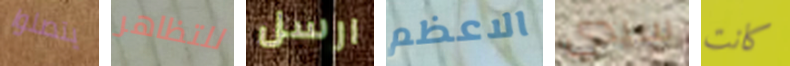
يتصلوا للتظاهر ارسل الاعظم سيدي كانت